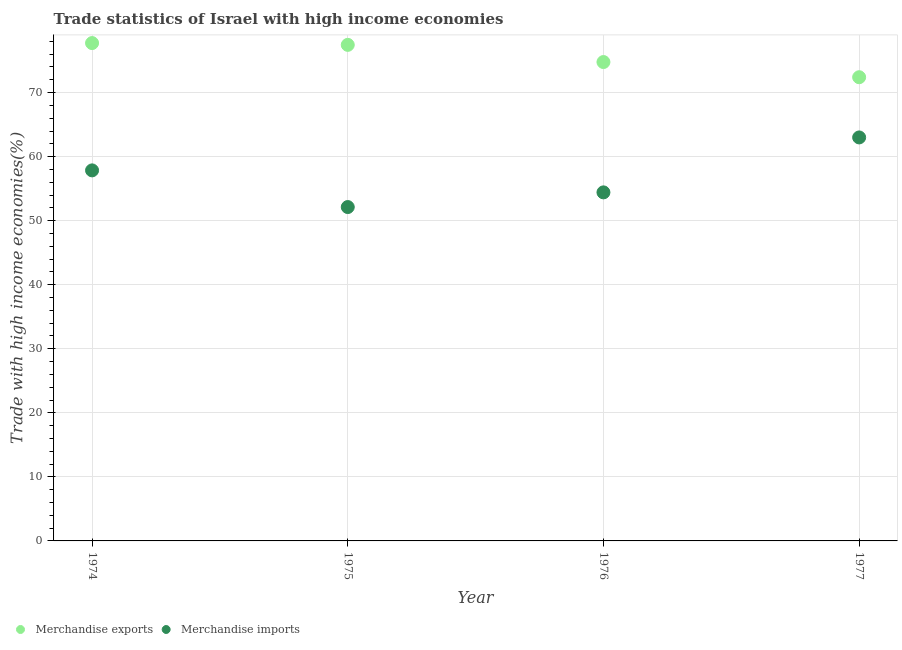
| Year | Merchandise exports | Merchandise imports |
 | --- | --- | --- |
 | 1974 | 77.7 | 57.9 |
 | 1975 | 77.5 | 52.1 |
 | 1976 | 74.8 | 54.4 |
 | 1977 | 72.4 | 63 |